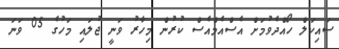
ސައިކަލް ހޯއްދެވުމަށް އެސްއެމްއެސް ކުރުން މިހާރު ވަނީ ޖުލައި މަހުގެ 05 ވަނަ